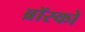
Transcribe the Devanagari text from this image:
ब्रॉस्को